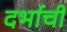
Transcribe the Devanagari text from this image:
दर्भाची